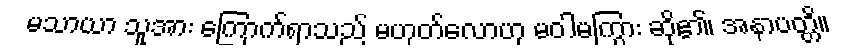
မသာယာ သူအား ကြောက်ရာသည် မဟုတ်လောဟု မဝါမကြွား ဆို၏၊ အနာပတ္တိ။